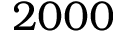
2 0 0 0